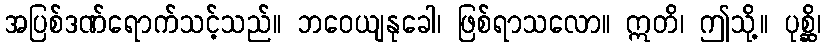
အပြစ်ဒဏ်ရောက်သင့်သည်။ ဘဝေယျနုခေါ၊ ဖြစ်ရာသလော။ ဣတိ၊ ဤသို့။ ပုစ္ဆိ၊